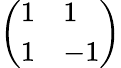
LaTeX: \left(\begin{array}{ll}{1}&{1}\\ {1}&{-1}\end{array}\right)